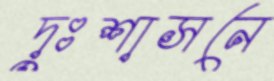
দুঃশাসনে